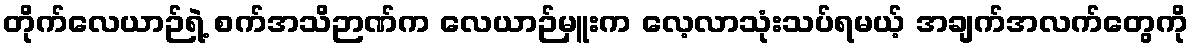
တိုက်လေယာဉ်ရဲ့ စက်အသိဉာဏ်က လေယာဉ်မှူးက လေ့လာသုံးသပ်ရမယ့် အချက်အလက်တွေကို